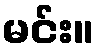
မင်း။